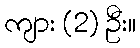
ကျား (2) ဦး။